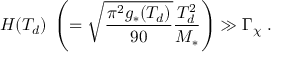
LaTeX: H ( T _ { d } ) \; \left( = \sqrt { \frac { \pi ^ { 2 } g _ { * } ( T _ { d } ) } { 9 0 } } \frac { T _ { d } ^ { 2 } } { M _ { * } } \right) \gg \Gamma _ { \chi } \; .